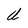
Character: U